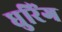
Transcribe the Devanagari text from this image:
धुरिंग